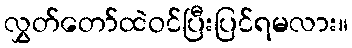
လွှတ်တော်ထဲဝင်ပြီးပြင်ရမလား။